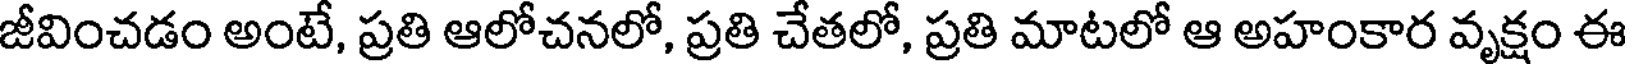
జీవించడం అంటే, ప్రతి ఆలోచనలో, ప్రతి చేతలో, ప్రతి మాటలో ఆ అహంకార వృక్షం ఈ